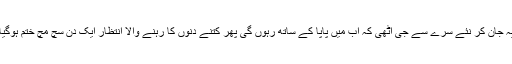
یہ جان کر نئے سرے سے جی اٹھی کہ اب میں پاپا کے ساتھ رہوں گی پھر کتنے دنوں کا رہنے والا انتظار ایک دن سچ مچ ختم ہوگیا۔